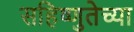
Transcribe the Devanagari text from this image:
सहिष्णुतेच्या